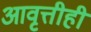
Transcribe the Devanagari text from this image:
आवृत्तीही